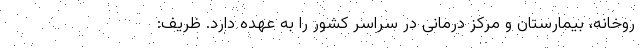
روخانه، بیمارستان و مرکز درمانی در سراسر کشور را به عهده دارد. ظریف: